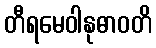
တီရမေဝါနုဓာဝတိ